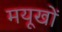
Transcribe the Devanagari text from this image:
मयूखों